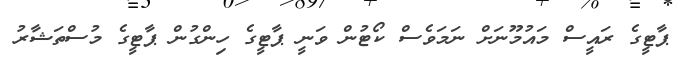
ޕާޓީގެ ރައީސް މައުމޫނަށް ނަމަވެސް ކޯޓުން ވަނީ ޕާޓީގެ ހިންގުން ޕާޓީގެ މުސްތަޝާރު